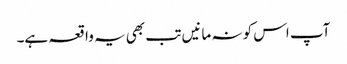
آپ اس کو نہ مانیں تب بھی یہ واقعہ ہے۔